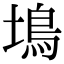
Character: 䲧